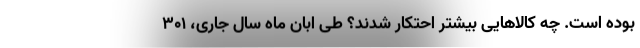
بوده است. چه کالاهایی بیشتر احتکار شدند؟ طی اّبان ماه سال جاری، ۳۰۱